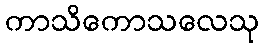
ကာသိကောသလေသု